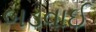
બડવાઈ